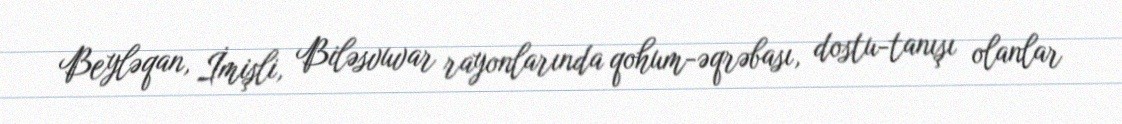
Beyləqan, İmişli, Biləsvuvar rayonlarında qohum-əqrəbası, dostu-tanışı olanlar